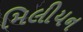
મિલીયન